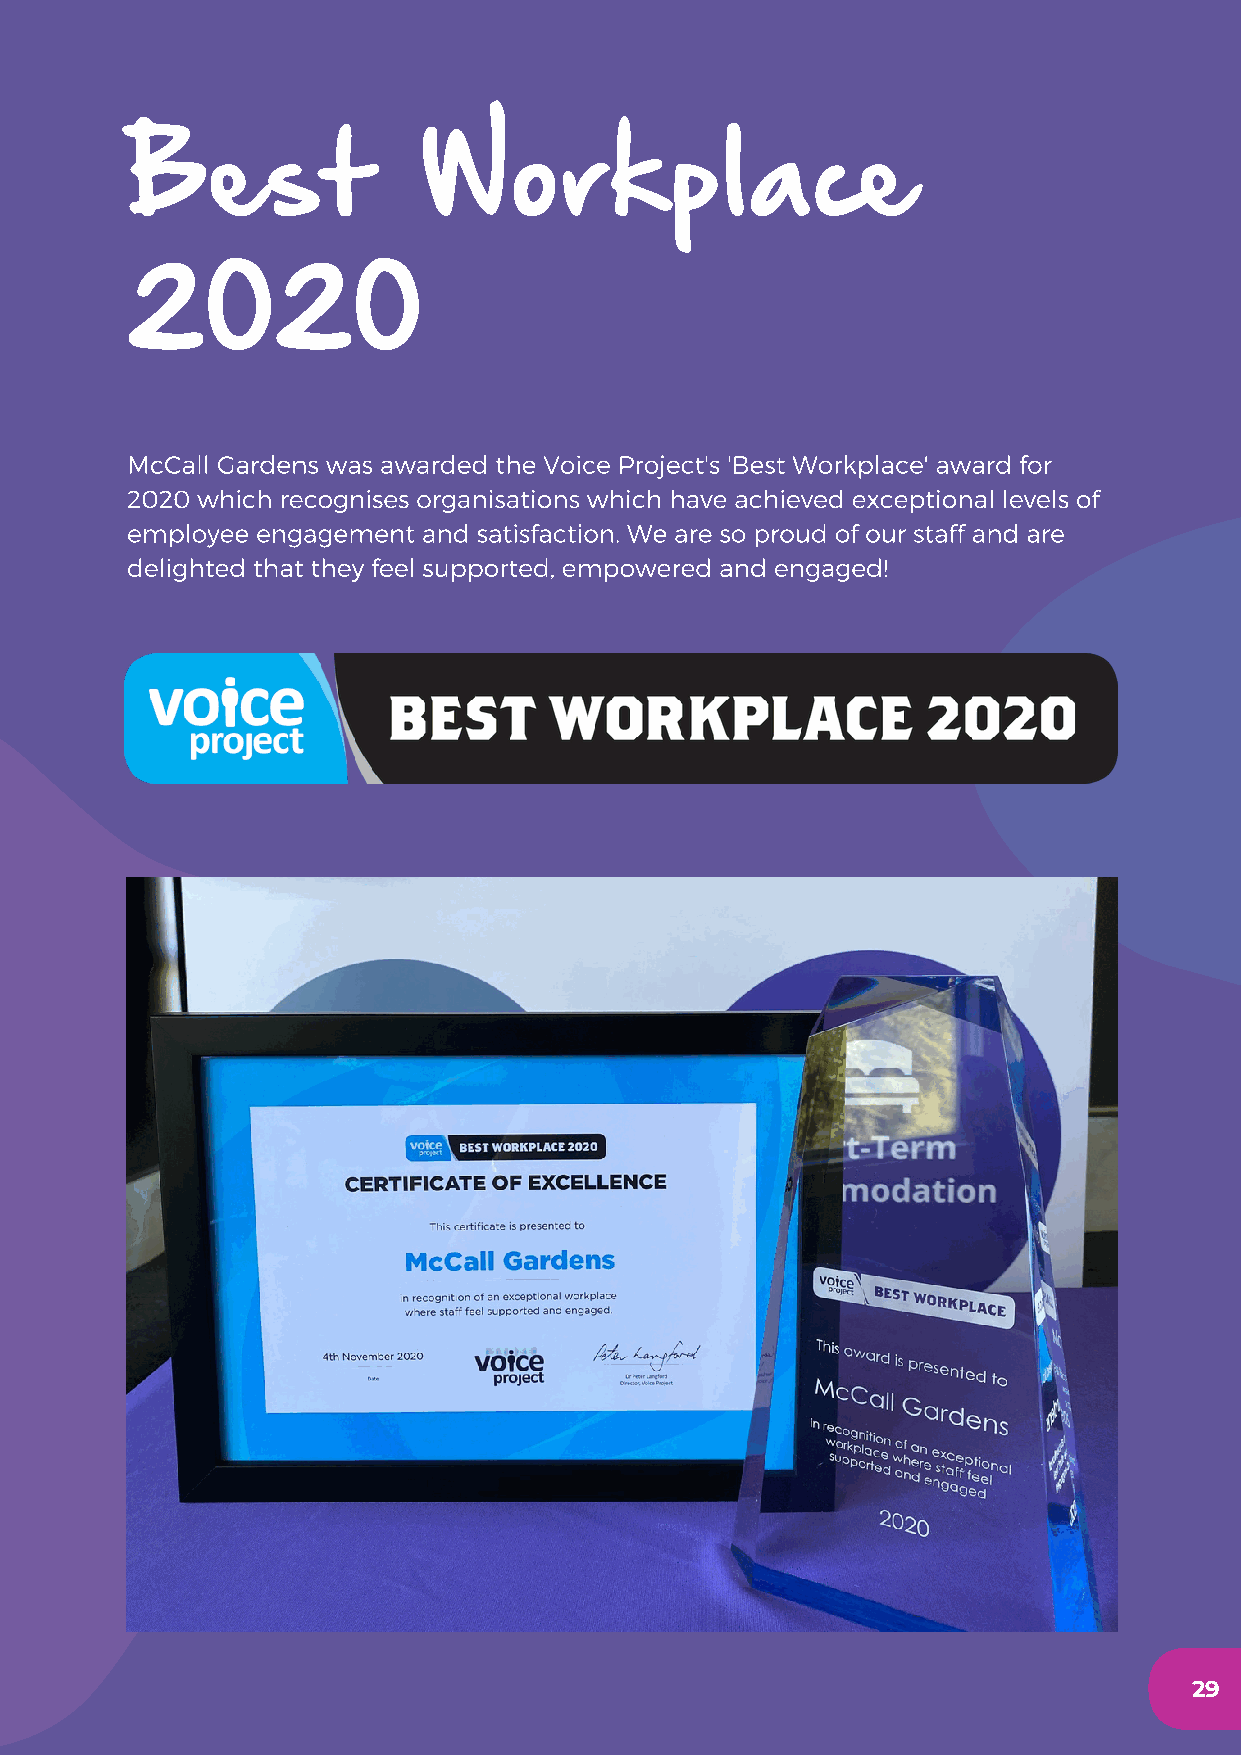
Best                Workplace
 2020
 McCall Gardens was awarded the Voice Project's 'Best Workplace' award for
 2020 which recognises organisations which have achieved exceptional levels of
 employee engagement and satisfaction. We are so proud of our staff and are
 delighted that they feel supported, empowered and engaged!
 29